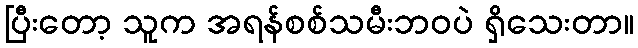
ပြီးတော့ သူက အရန်စစ်သမီးဘဝပဲ ရှိသေးတာ။